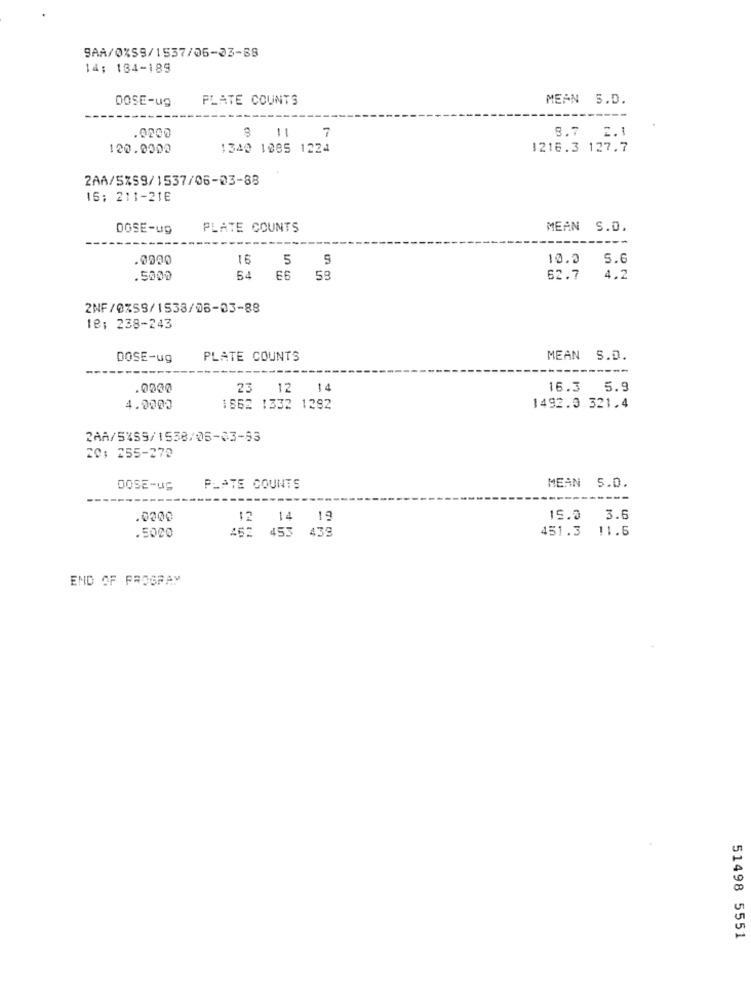
9AA/0%S9/1537/06-03-88
14: 184-189
DOSE-ug
PLATE COUNTS
MEAN S.D.
.0000
-
7
8.7 2.1
120.0002
1340 1085 1224
1216.3 127.7
2AA/5%59/1537/06-03-88
IS: 211-21E
DOSE-ug
PLATE COUNTS
MEAN S.D.
16 5 9
10.2
5.6
.5000
54
66
53
62.7
4.2
2NF/0%59/1538/06-03-88
18: 238-243
DOSE-ug
PLATE COUNTS
MEAN S.D.
.0000
23 12
16.3 5.9
4.0000
1862 1332 1292
1492.9 321.4
2AA/5%59/1538/06-33-93
20: 255-270
DOSE-US
PLATE COUNTS
MEAN S.D.
.0000
: 14 19
15.0 3.6
.5000
451.3
11.5
452 453 439
END OF PROGRAM
51498 5551